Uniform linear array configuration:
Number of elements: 4
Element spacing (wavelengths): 0.75
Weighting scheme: cosine
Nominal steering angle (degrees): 45
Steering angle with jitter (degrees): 44.34
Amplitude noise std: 0.05
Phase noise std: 0.05

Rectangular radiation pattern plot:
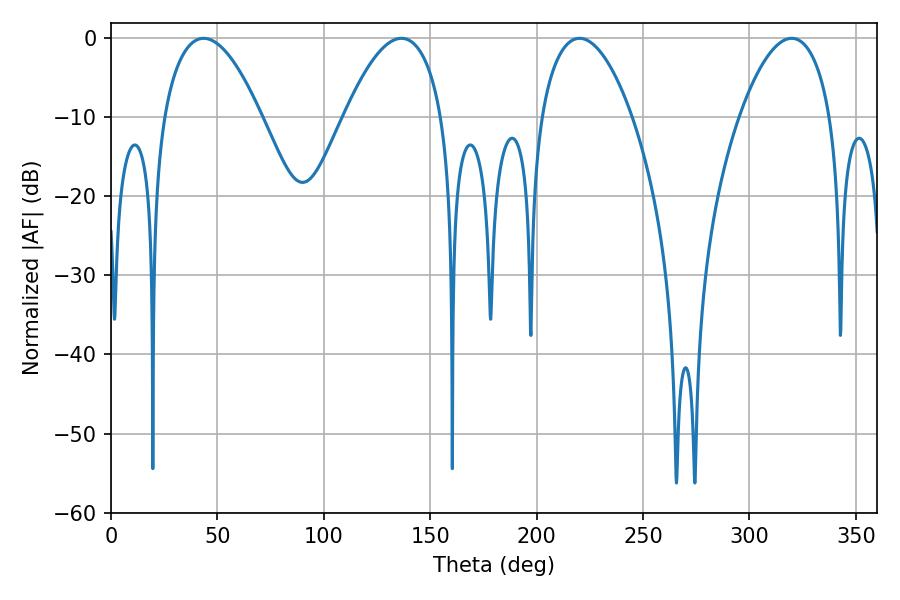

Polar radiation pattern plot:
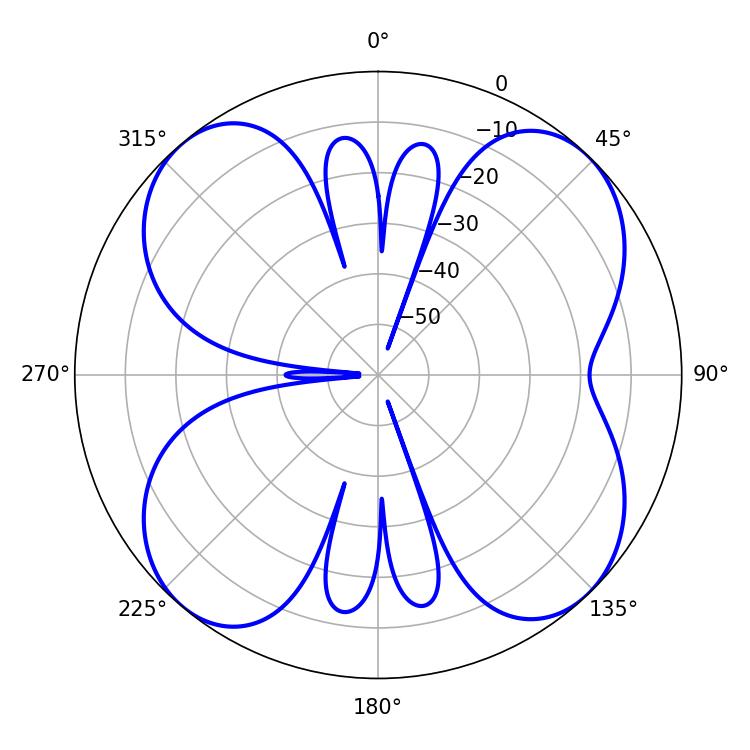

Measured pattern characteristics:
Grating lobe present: TRUE
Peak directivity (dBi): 13.286
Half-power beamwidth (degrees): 23.94
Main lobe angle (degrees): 220.14